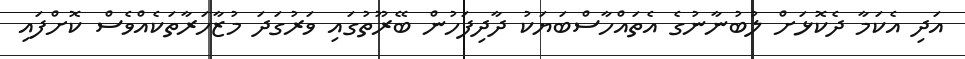
އަދި އެކަމާ ދެކޮޅަށް ލުބުނާނުގެ އެތައްހާސްބަޔަކު ދާދިފަހުން ބޭރޫތުގައި ވަރުގަދަ މުޒާހަރާތަކެއްވެސް ކޮށްފައި